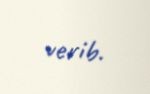
verib.